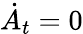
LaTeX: \dot{A}_{t}=0